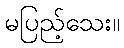
မပြည့်သေး။